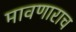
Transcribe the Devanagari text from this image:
मावणाराच